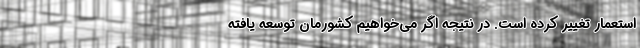
استعمار تغییر کرده است. در نتیجه اگر می‌خواهیم کشورمان توسعه یافته